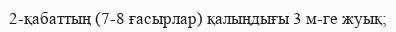
2-қабаттың (7-8 ғасырлар) қалыңдығы 3 м-ге жуық;